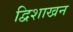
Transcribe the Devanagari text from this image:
द्विशाखन